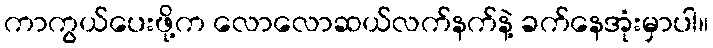
ကာကွယ်ပေးဖို့က လောလောဆယ်လက်နက်နဲ့ ခက်နေအုံးမှာပါ။